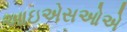
આઇએસઓએ